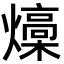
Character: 燺